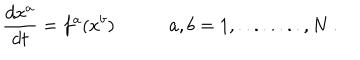
LaTeX: \frac { d x ^ { a } } { d t } = f ^ { a } ( x ^ { b } ) \ \, \ \ a , b = 1 , . . . . . . . . , N \ .